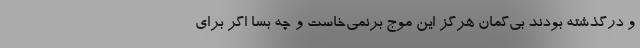
و درگذشته بودند بی‌گمان هرگز این موج برنمی‌خاست و چه بسا اگر برای